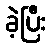
ခဲ့ပြီး